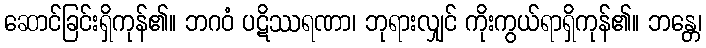
ဆောင်ခြင်းရှိကုန်၏။ ဘဂဝံ ပဋိဿရဏာ၊ ဘုရားလျှင် ကိုးကွယ်ရာရှိကုန်၏။ ဘန္တေ၊